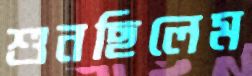
শুনছিলেম